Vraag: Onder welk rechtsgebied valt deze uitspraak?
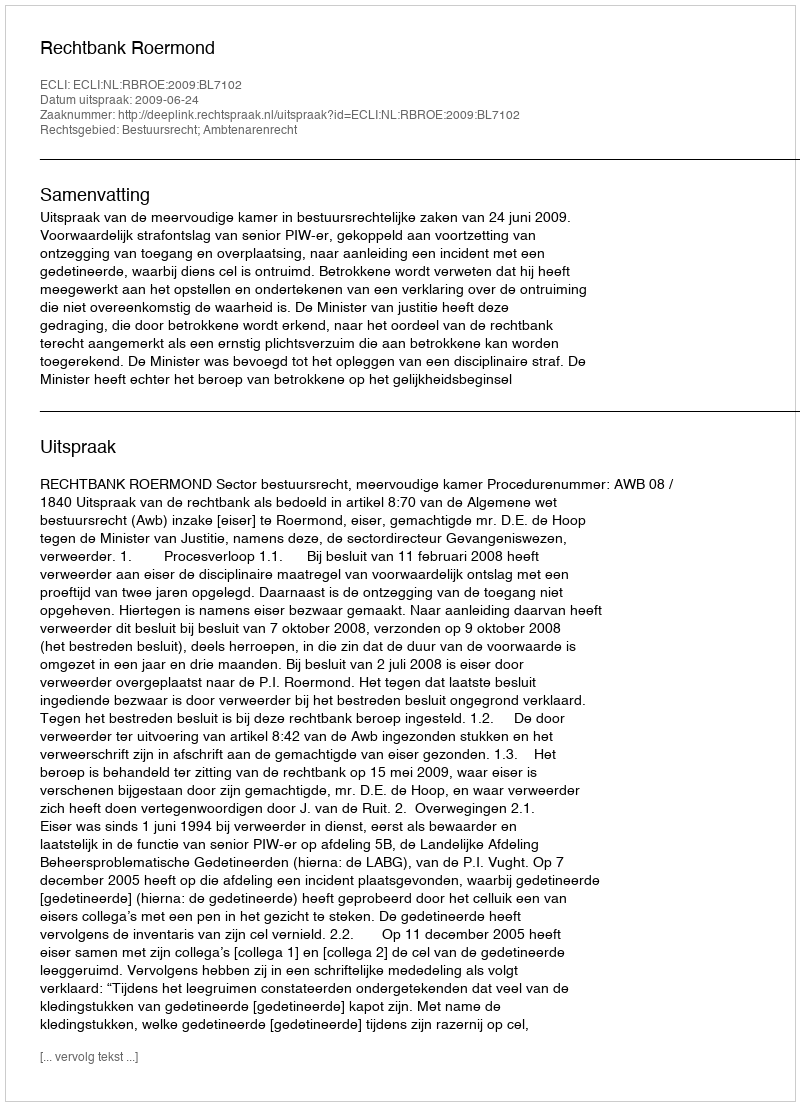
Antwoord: Bestuursrecht; Ambtenarenrecht